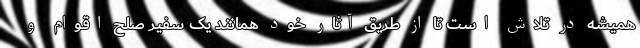
همیشه در تلاش است تا از طریق آثار خود همانند یک سفیر صلح اقوام و